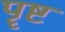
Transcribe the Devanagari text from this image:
पॄष्ट